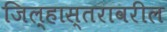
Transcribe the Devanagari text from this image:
जिल्हास्तरावरील